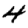
Digit: 4